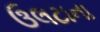
ઉલટાના